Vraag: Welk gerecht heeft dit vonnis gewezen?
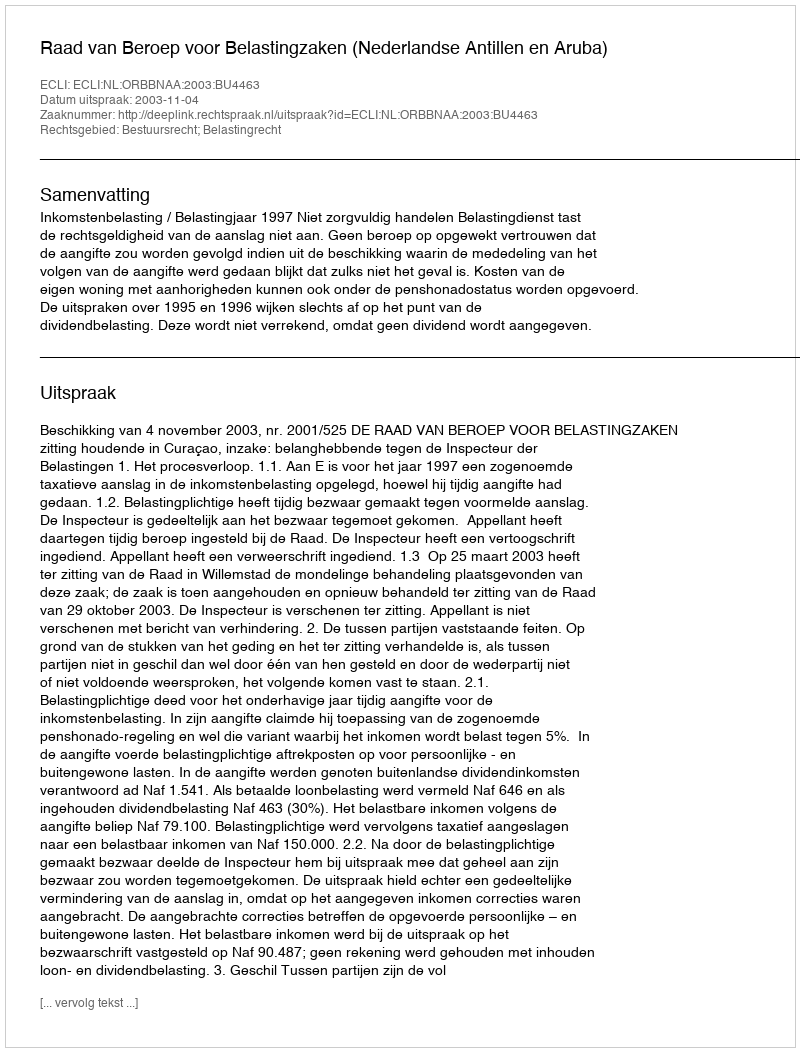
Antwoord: Raad van Beroep voor Belastingzaken (Nederlandse Antillen en Aruba)